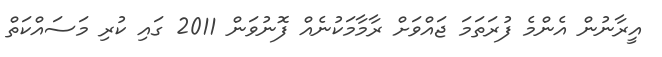
އީރާނުން އެންމެ ފުރަތަމަ ޖައްވަށް ރާމާމަކުނެއް ފޮނުވަން 2011 ގައި ކުރި މަސައްކަތް